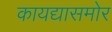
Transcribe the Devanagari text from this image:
कायद्यासमोर